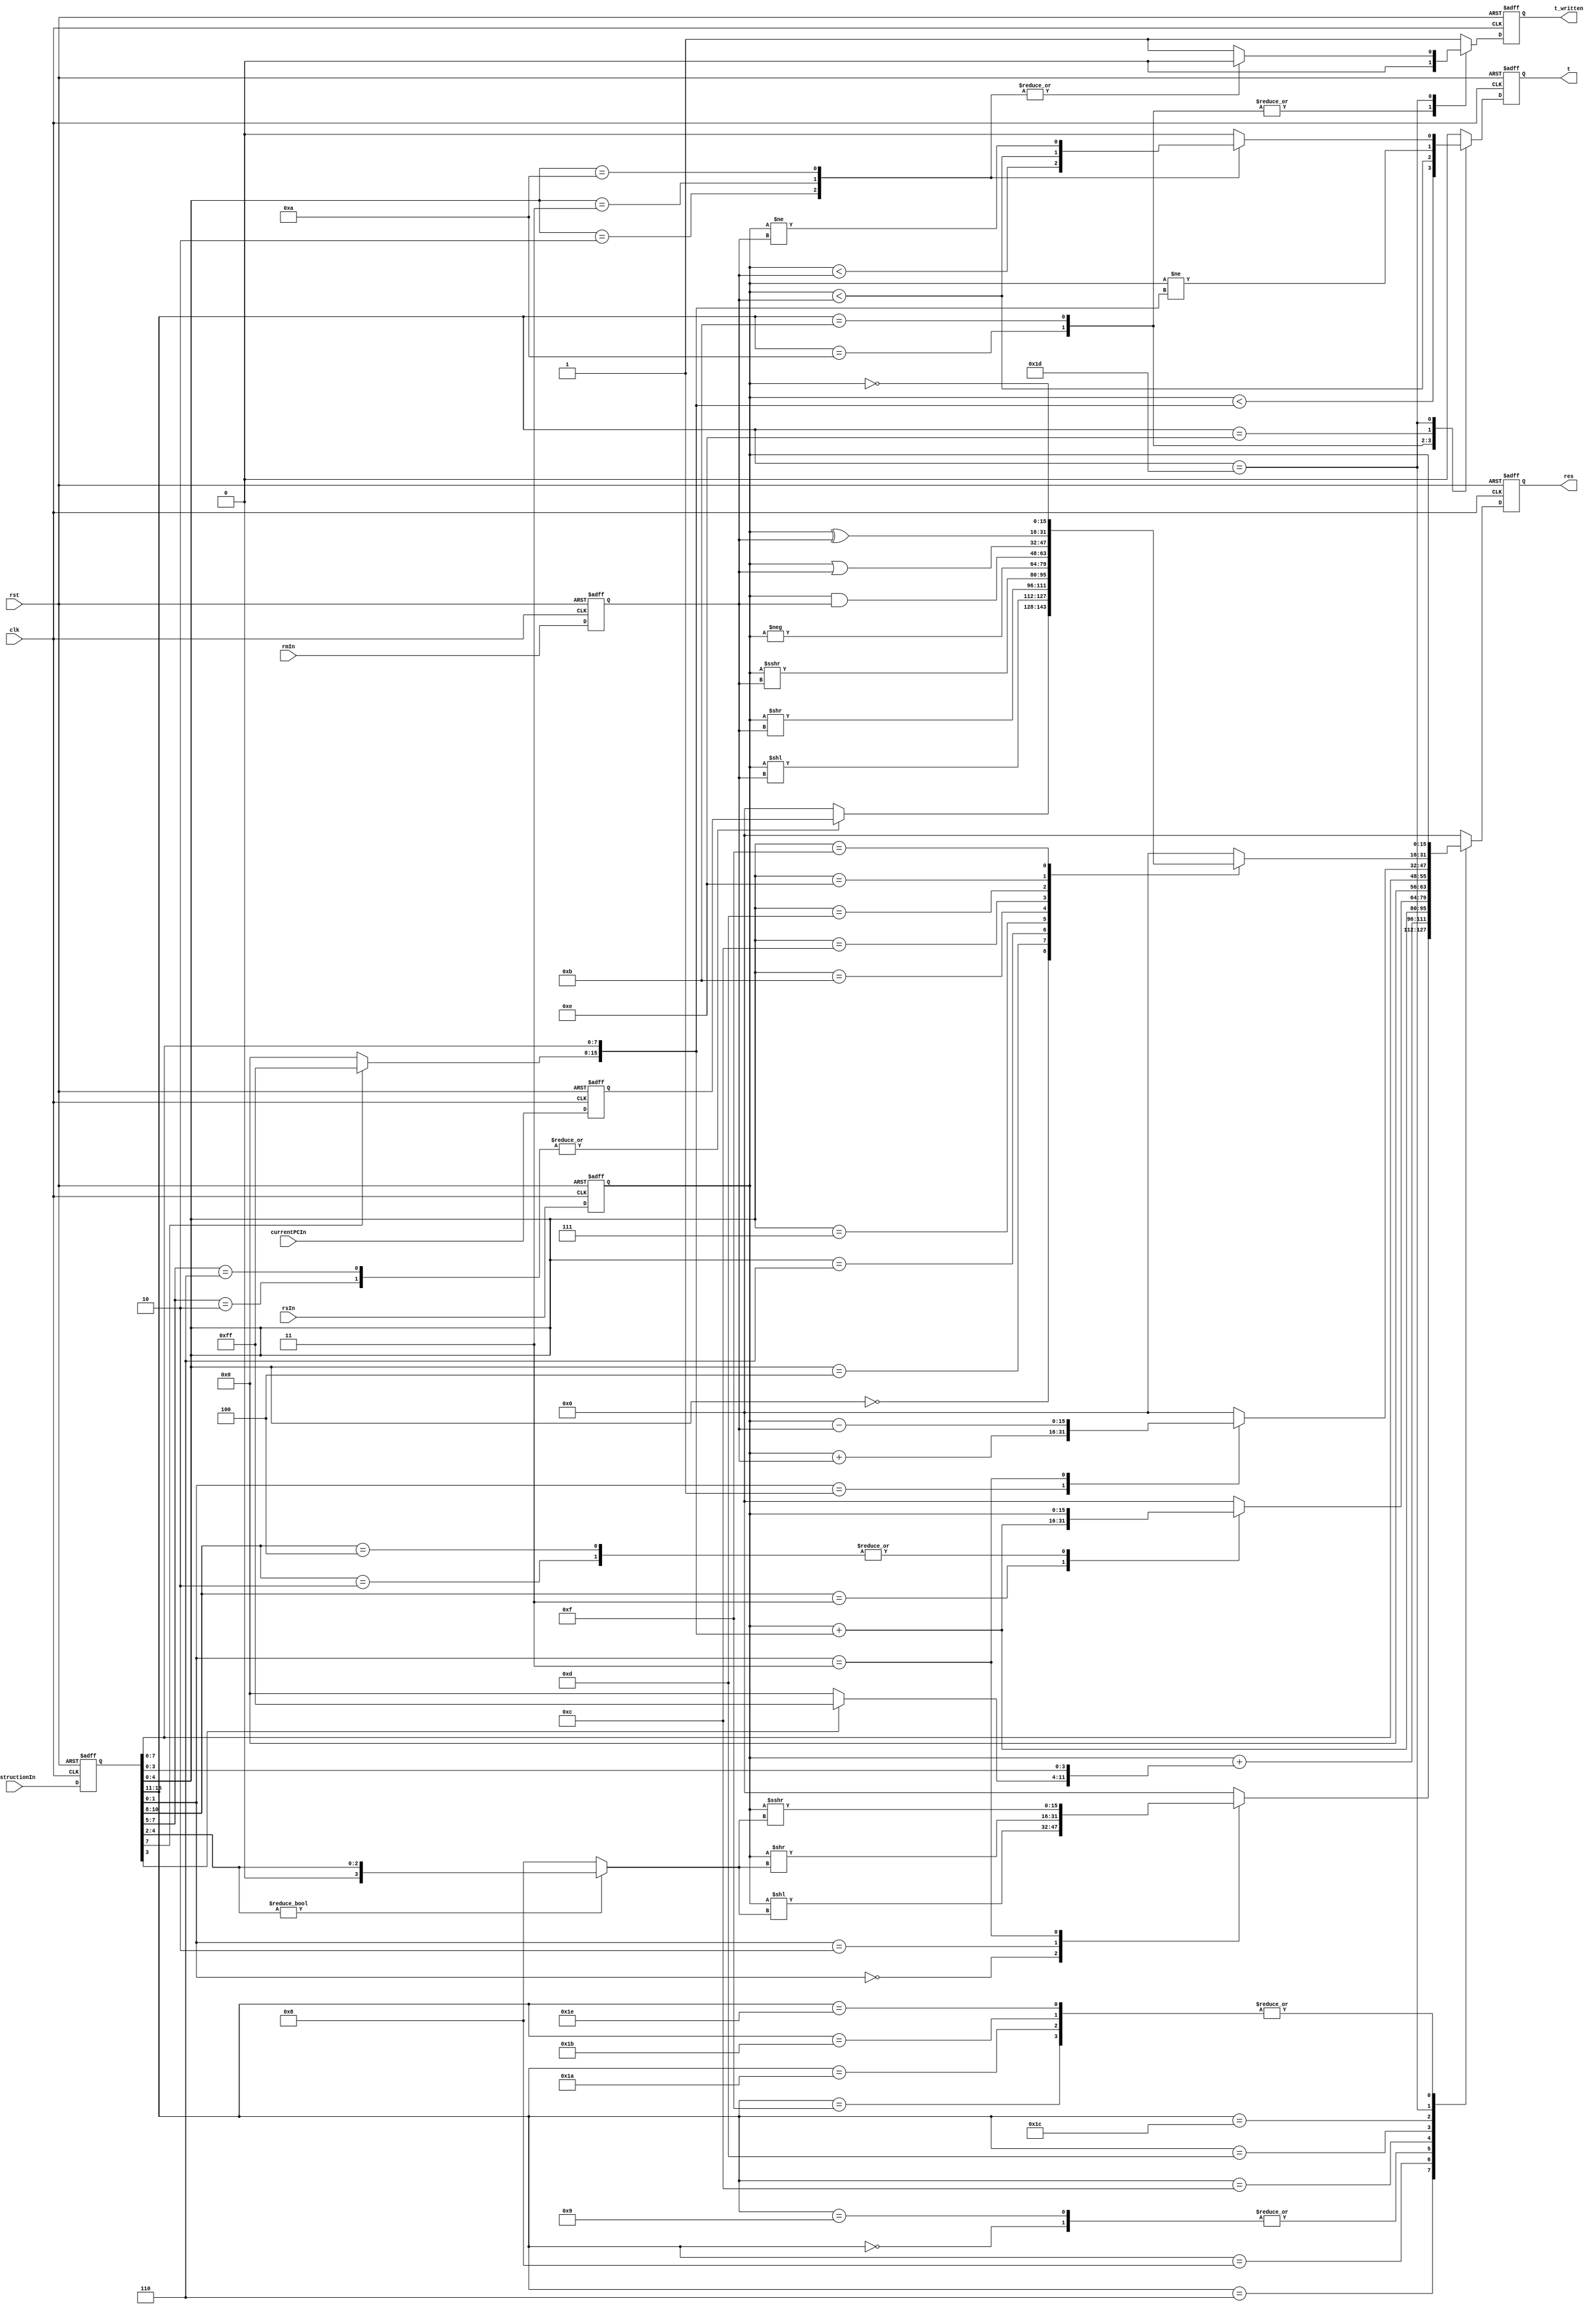
module alu(
  input clk, rst,
  input[15:0] rsIn, rmIn,
  input[15:0] currentPCIn, instructionIn,
  output reg[15:0] res,
  output reg t_written, t
);

reg [15:0] currentPC, instruction, rs, rm;

wire[15:0] imm16 = {8'd0, instruction[7:0]};
wire[15:0] imm16s = {instruction[7] ? 8'hff : 8'h00, instruction[7:0]};
wire[15:0] imm16from4s = {instruction[3] ? 8'hff : 8'h00, instruction[3:0]};
wire[3:0] shift_imm4 = instruction[4:2] ? instruction[4:2] : 8;

always @ (negedge clk or negedge rst)
begin
  if (!rst)
  begin
    currentPC = 0;
	 instruction = 16'b0000100000000000; // nop
	 rs = 0;
	 rm = 0;
  end
  else
  begin
    currentPC = currentPCIn;
	 instruction = instructionIn;
	 rs = rsIn;
	 rm = rmIn;
  end
end

always @(posedge clk or negedge rst)
begin
  t_written = 1;
  t = 0;
  res = 0;
  if (!rst) // the negedge of rst
  begin
    t_written = 1;
    t = 0;
    res = 0;
  end
  else
  begin
    case (instruction[15:11])
      5'b00000:                         // addsp3
        res = rs + imm16s;
      //5'b00001:                         // nop
      //5'b00010:                         // b
      //5'b00100:                         // beqz
      //5'b00101:                         // bnez
      5'b00110:                         // sll, srl, sra
        case (instruction[1:0])
          2'b00:   res = rs << shift_imm4;  // sll
          2'b10:   res = rs >> shift_imm4;  // srl
          2'b11:   res = rs >>> shift_imm4; // sra
        endcase
      5'b01000:                         // addiu3
        res = rs + imm16from4s;
      5'b01001:                         // addiu
        res = rs + imm16s;
      5'b01010:                         // slti
      begin
        t_written = 0;
        t = $signed(rs) < imm16s;
      end
      5'b01100:                         // addsp, bteqz, btnez, mtsp, sw_rs
        case (instruction[10:8])
          //3'b000:                       // bteqz
          //3'b001:                       // btnez
          3'b010:                       // sw_rs
            res = rs;
          3'b011:                       // addsp
            res = rs + imm16s;
          3'b100:                       // mtsp
            res = rs;
        endcase
      5'b01011:                         // sltui
      begin
        t_written = 0;
        t = rs < rm;
      end
      5'b01101:                         // li
        res = imm16;
      5'b01110:                         // cmpi
      begin
        t_written = 1;
        t = rs != imm16s;
      end
      5'b01111:                         // move
        res = rs;
      //5'b10000:                         // eret
      //5'b10010:                         // lw_sp
      //5'b10011:                         // lw
      5'b11010:                         // sw_sp
        res = rs;
      5'b11011:                         // sw
        res = rs;
      5'b11100:                         // addu, subu
        case (instruction[1:0])
          2'b01:   res = rs + rm;           // addu
          2'b11:   res = rs - rm;           // subu
        endcase
      5'b11101:                         // jalr, jr, jrra, mfpc, sllv, srav, slt, sltu, srlv, cmp, neg, and, or, xor, not
        case (instruction[4:0])
          5'b00000:                     // jalr, jr, jrra, mfpc
            case (instruction[7:5])
              //3'b000:                   // jr
              //3'b001:                   // jrra
              3'b010:                   // mfpc
                res = currentPC;
              3'b110:                   // jalr
                res = currentPC;
            endcase
          5'b00010:                     // slt
          begin
            t_written = 0;
            t = $signed(rs) < $signed(rm);
          end
          5'b00011:                     // sltu
          begin
            t_written = 0;
            t = $unsigned(rs) < $unsigned(rm);
          end
          5'b00100:                     // sllv
            res = rs << rm;
          5'b00110:                     // srlv
            res = rs >> rm;
          5'b00111:                     // srav
            res = rs >>> rm;
          5'b01010:                     // cmp
          begin
            t_written = 0;
            t = rs != rm;
          end
          5'b01011:                     // neg
            res = - rs;
          5'b01100:                     // and
            res = rs & rm;
          5'b01101:                     // or
            res = rs | rm;
          5'b01110:                     // xor
            res = rs ^ rm;
          5'b01111:                     // not
            res = ~ rs;
        endcase
      5'b11110:                         // mfih, mtih
        case (instruction[0])
          1'b0:                         // mfih
            res = rs;
          1'b1:                         // mtih
            res = rs;
        endcase
      //5'b11111:                         // int
    endcase
  end
//  case (instruction[15:11])
//    5'b00110:                             // sll, sra, srl
//      case (instruction[1:0])
//        2'b00:   res = rs << shift_imm4;  // sll
//        2'b10:   res = rs >> shift_imm4;  // srl
//        2'b11:   res = rs >>> shift_imm4; // sra
//      endcase
//    5'b01001:                             // addiu
//      res = rs + imm16s;
//    5'b01010: begin                       // slti
//      t_written = 1;
//      t = $signed(rs) < imm16s;
//    end
//    5'b01011: begin                       // sltui
//      t_written = 1;
//      t = rs < rm;
//    end
//    5'b01110: begin                       // cmpi
//      t_written = 1;
//      t = rs != imm16s;
//    end
//    5'b11100:                             // addu, subu
//      case (instruction[1:0])
//        2'b01:   res = rs + rm;           // addu
//        2'b11:   res = rs - rm;           // subu
//      endcase
//    5'b11101:                             // too many to enumerate
//      casex (instruction[4:0])
//        5'b00010: begin                   // slt
//          t_written = 1;
//          t = $signed(rs) < $signed(rm);
//        end
//        5'b00011: begin                   // sltu
//          t_written = 1;
//          t = rs < rm;
//        end
//        5'b00100: res = rs << rm;         // sllv
//        5'b00110: res = rs >> rm;         // srlv
//        5'b00111: res = rs >>> rm;        // srav
//        5'b01010: begin                   // cmp
//          t_written = 1;
//          t = rs != rm;
//        end
//        5'b01011: res = - rm;             // neg
//        5'b01100: res = rs & rm;          // and
//        5'b01101: res = rs | rm;          // or
//        5'b01110: res = rs ^ rm;          // xor
//        5'b01111: res = ~ rs;             // not
//      endcase
//  endcase
end

endmodule